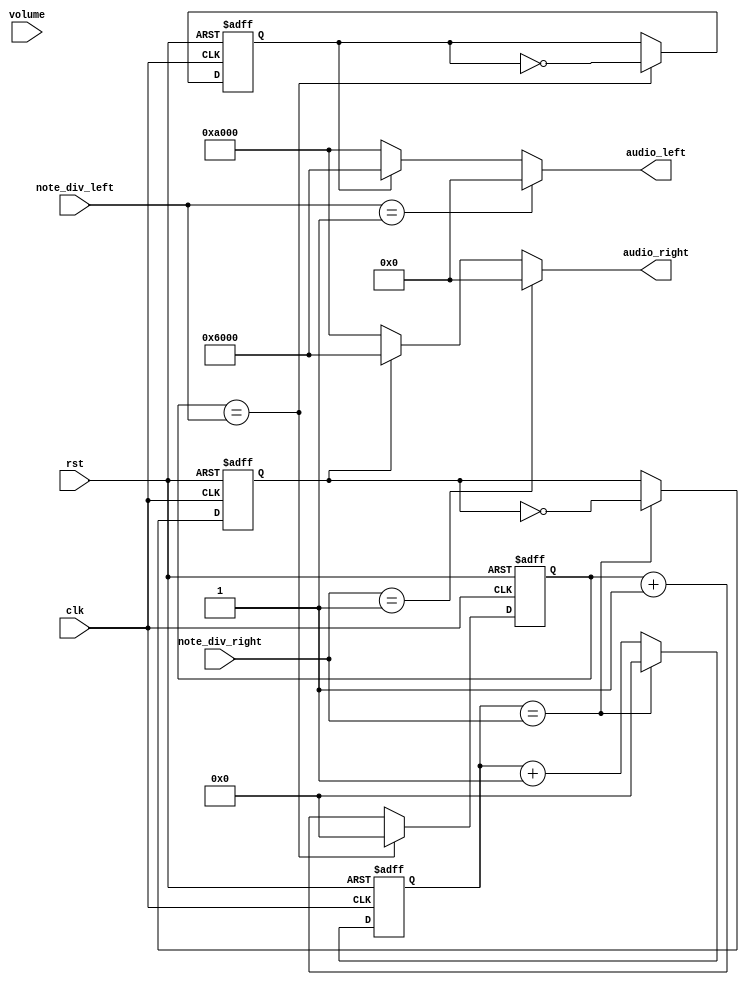
module note_gen(
    clk, // clock from crystal
    rst, // active high reset
    volume, 
    note_div_left, // div for note generation
    note_div_right,
    audio_left,
    audio_right
);

    // I/O declaration
    input clk; // clock from crystal
    input rst; // active low reset
    input [2:0] volume;
    input [21:0] note_div_left, note_div_right; // div for note generation
    output [15:0] audio_left, audio_right;

    // Declare internal signals
    reg [21:0] clk_cnt_next, clk_cnt;
    reg [21:0] clk_cnt_next_2, clk_cnt_2;
    reg b_clk, b_clk_next;
    reg c_clk, c_clk_next;

    // Note frequency generation
    // clk_cnt, clk_cnt_2, b_clk, c_clk
    always @(posedge clk or posedge rst)
        if (rst == 1'b1)
            begin
                clk_cnt <= 22'd0;
                clk_cnt_2 <= 22'd0;
                b_clk <= 1'b0;
                c_clk <= 1'b0;
            end
        else
            begin
                clk_cnt <= clk_cnt_next;
                clk_cnt_2 <= clk_cnt_next_2;
                b_clk <= b_clk_next;
                c_clk <= c_clk_next;
            end
    
    // clk_cnt_next, b_clk_next
    always @*
        if (clk_cnt == note_div_left)
            begin
                clk_cnt_next = 22'd0;
                b_clk_next = ~b_clk;
            end
        else
            begin
                clk_cnt_next = clk_cnt + 1'b1;
                b_clk_next = b_clk;
            end

    // clk_cnt_next_2, c_clk_next
    always @*
        if (clk_cnt_2 == note_div_right)
            begin
                clk_cnt_next_2 = 22'd0;
                c_clk_next = ~c_clk;
            end
        else
            begin
                clk_cnt_next_2 = clk_cnt_2 + 1'b1;
                c_clk_next = c_clk;
            end

    // Assign the amplitude of the note
    // Volume is controlled here
    assign audio_left = (note_div_left == 22'd1) ? 16'h0000 : 
                                (b_clk == 1'b0) ? 16'hA000 : 16'h6000;
    assign audio_right = (note_div_right == 22'd1) ? 16'h0000 : 
                                (c_clk == 1'b0) ? 16'hA000 : 16'h6000;
endmodule